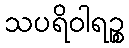
သပရိဝါရဉ္စ